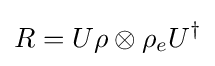
R=U\rho \otimes \rho _{e}U^{\dagger }